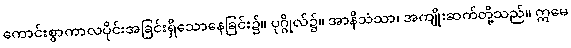
ကောင်းစွာကာလပိုင်းအခြင်းရှိသောနေခြင်း၌။ ပုဂ္ဂိုလ်၌။ အာနိသံသာ၊ အကျိုးဆက်တို့သည်။ ဣမေ